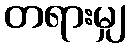
တရားမျှ